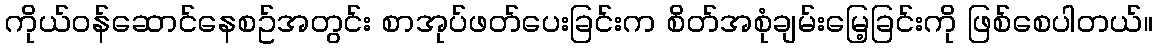
ကိုယ်ဝန်ဆောင်နေစဥ်အတွင်း စာအုပ်ဖတ်ပေးခြင်းက စိတ်အစုံချမ်းမြေ့ခြင်းကို ဖြစ်စေပါတယ်။